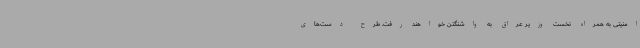
امنیتی به همراه نخست وزیر عراق به واشنگتن خواهند رفت. طرح دست‌های